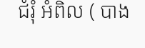
ជំរុំ អំពិល ( បាង